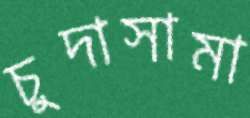
চুদাসামা